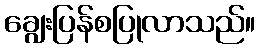
ချွေးပြန်စပြုလာသည်။